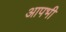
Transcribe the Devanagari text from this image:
आपभी